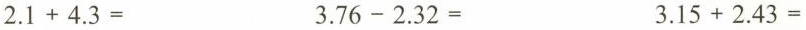
$$2 .1 + 4 . 3 =$$ $$3 . 7 6 - 2 . 3 2=$$ $$3 . 1 5 + 2 . 4 3=$$